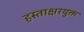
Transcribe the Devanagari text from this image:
हस्ताक्षरयुक्त